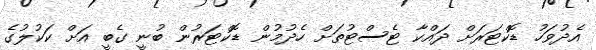
އެދުވަހު ޑޮކްޓަރަށް ދައްކާ ޓެސްޓުތަށް ހެދުމުން ޑޮކްޓަރުން ބުނީ ގެބީ އަށް ކަކުލުގެ